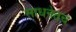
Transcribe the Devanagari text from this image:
साधनेतच